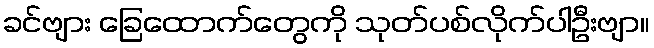
ခင်ဗျား ခြေထောက်တွေကို သုတ်ပစ်လိုက်ပါဦးဗျာ။